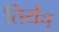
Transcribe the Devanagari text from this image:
तिर्यच